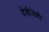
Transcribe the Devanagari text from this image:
देवीनेणी